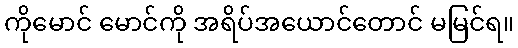
ကိုမောင် မောင်ကို အရိပ်အယောင်တောင် မမြင်ရ။